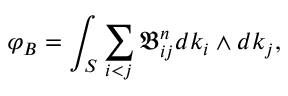
\varphi _ { B } = \int _ { S } \sum _ { i < j } \mathfrak { B } _ { i j } ^ { n } d k _ { i } \wedge d k _ { j } ,